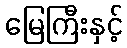
မြေကြီးနှင့်